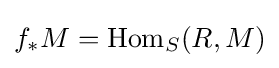
f_{*}M=\mathrm {Hom} _{S}(R,M)